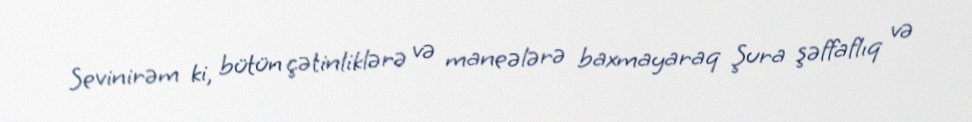
Sevinirəm ki, bütün çətinliklərə və maneələrə baxmayaraq Şura şəffaflıq və